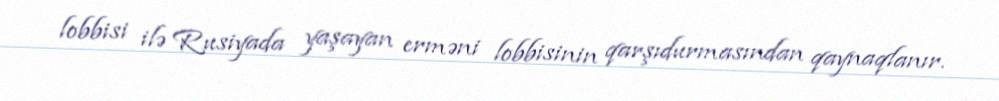
lobbisi ilə Rusiyada yaşayan erməni lobbisinin qarşıdurmasından qaynaqlanır.